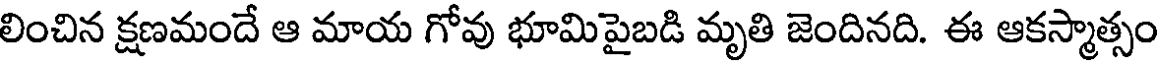
లించిన క్షణమందే ఆ మాయ గోవు భూమిపైబడి మృతి జెందినది. ఈ ఆకస్మాత్సం